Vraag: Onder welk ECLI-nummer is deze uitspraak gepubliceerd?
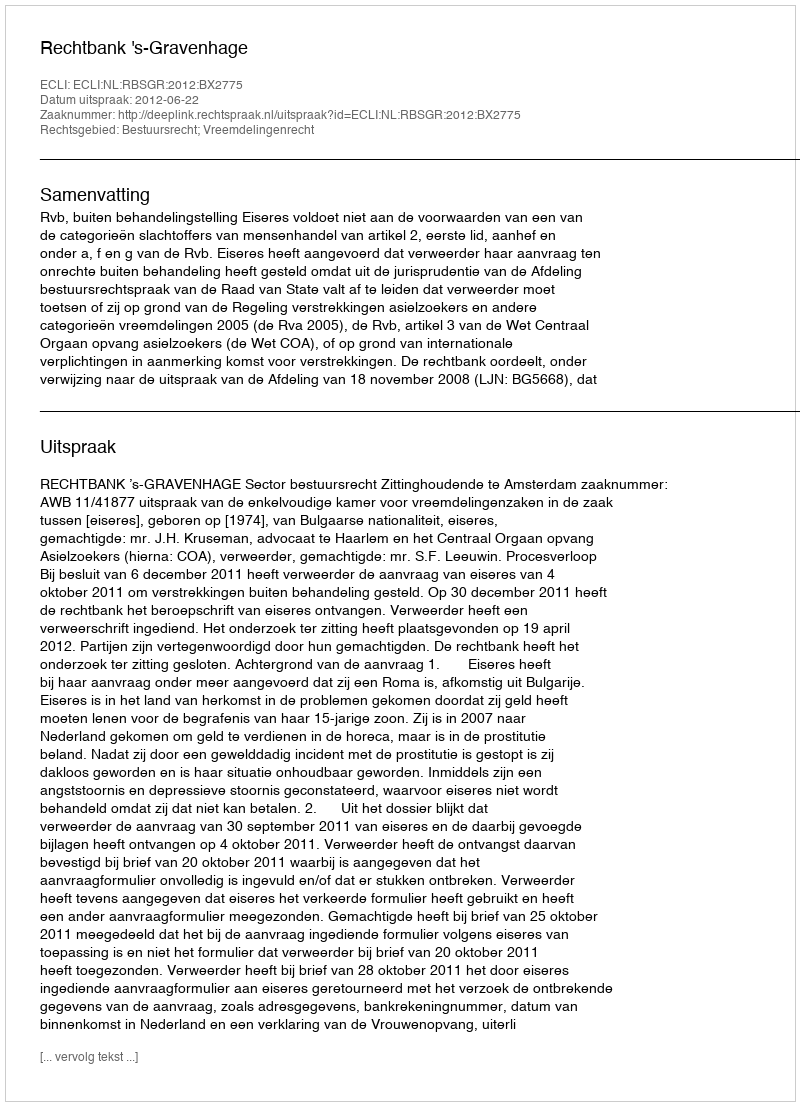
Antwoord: ECLI:NL:RBSGR:2012:BX2775